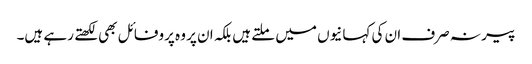
پیر نہ صرف ان کی کہانیوں میں ملتے ہیں بلکہ ان پر وہ پروفائل بھی لکھتے رہے ہیں۔